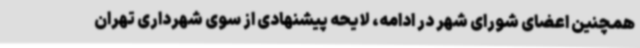
همچنین اعضای شورای شهر در ادامه، لایحه پیشنهادی از سوی شهرداری تهران